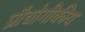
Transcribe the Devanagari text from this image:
प्रौद्योगीकीय